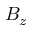
B _ { z }